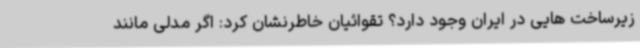
زیرساخت هایی در ایران وجود دارد؟ تقوائیان خاطرنشان کرد: اگر مدلی مانند